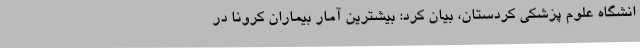
انشگاه علوم پزشکی کردستان، بیان کرد: بیشترین آمار بیماران کرونا در